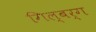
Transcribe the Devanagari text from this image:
गिल्बर्ग